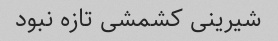
شیرینی کشمشی تازه نبود